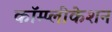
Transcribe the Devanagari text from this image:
कॉम्प्लीकेशन